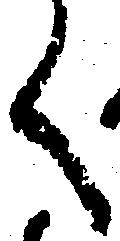
く